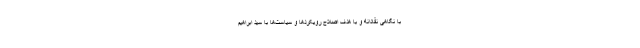
با نگاهی نقادانه و با هدف اصلاح رویکردها و سیاست‌ها با سید ابراهیم